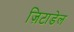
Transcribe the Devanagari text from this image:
ज़िटाडेल